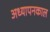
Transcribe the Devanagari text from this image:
अध्यापनकाल